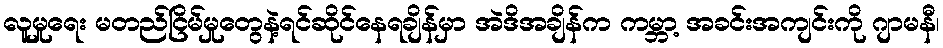
လူမှုရေး မတည်ငြိမ်မှုတွေနဲ့ရင်ဆိုင်နေရချိန်မှာ အဲဒိအချိန်က ကမ္ဘာ့ အခင်းအကျင်းကို ဂျာမနီ၊